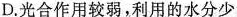
D.光合作用较弱，利用的水分少